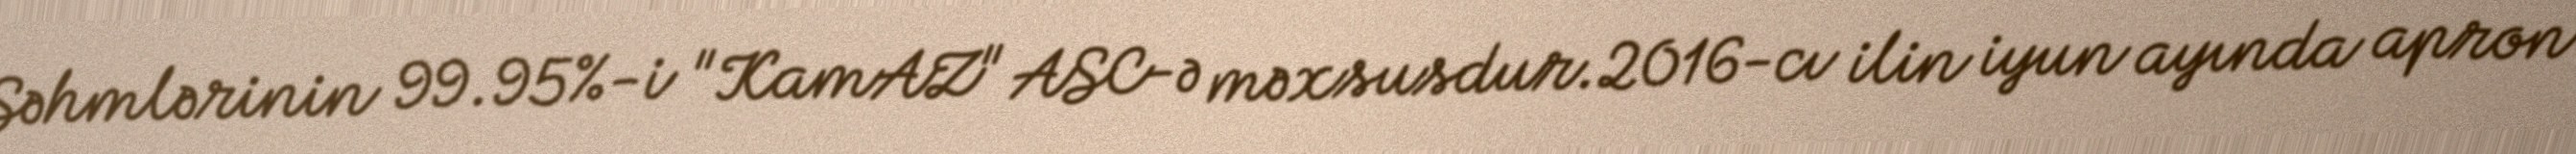
Səhmlərinin 99.95%-i "KamAZ" ASC-ə məxsusdur.2016-cı ilin iyun ayında apron